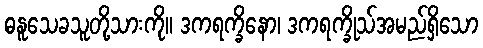
ဓနူသေခသူတို့သားကို။ ဒကရက္ခိနော၊ ဒကရက္ခိုသ်အမည်ရှိသော